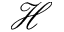
\mathcal { H }